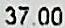
37.00